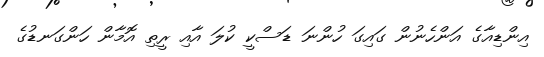
އިންޑިއާގެ އަންހެނުން ގައިގަ ހުންނަ ޑަސްކީ ކުލަ އާއި ރީތި އޮމާން ހަންގަނޑުގެ